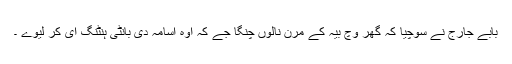
بابے جارج نے سوچیا کہ گھر وچ بیہ کے مرن نالوں چنگا جے کہ اوہ اسامہ دی بانٹی ہنٹنگ ای کر لیوے ۔